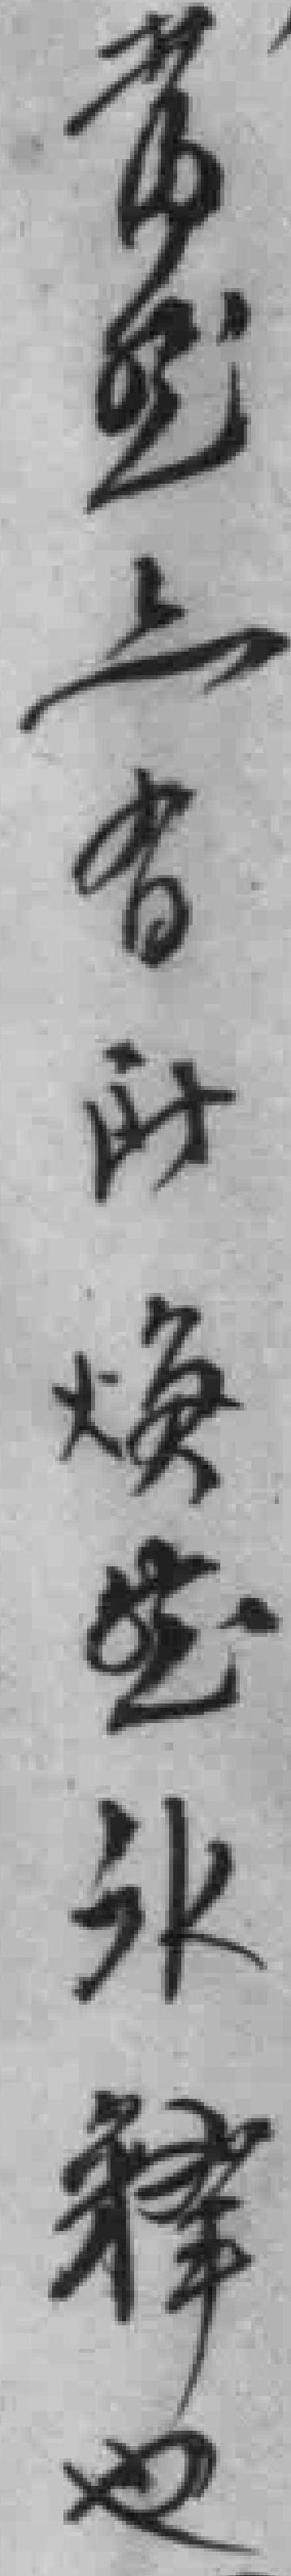
當然六**焕*永釋也